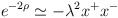
\begin{align*}e^{-2\rho}\simeq -\lambda^2x^+x^- \end{align*}